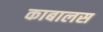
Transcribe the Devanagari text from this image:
काबालस